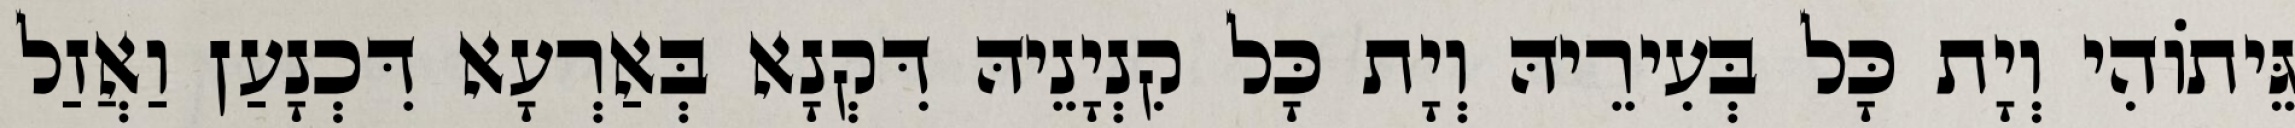
גֵּיתוֹהִי וְיָת כָּל בְּעִירֵיהּ וְיָת כָּל קִנְיָנֵיהּ דִּקְנָא בְּאַרְעָא דִּכְנָעַן וַאֲזַל